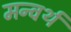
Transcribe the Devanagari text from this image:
मन्वर्थ